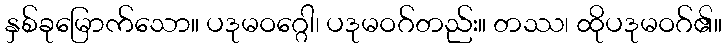
နှစ်ခုမြောက်သော။ ပဒုမဝဂ္ဂေါ၊ ပဒုမဝဂ်တည်း။ တဿ၊ ထိုပဒုမဝဂ်၏။